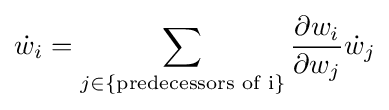
{\dot {w}}_{i}=\sum _{j\in \{{\text{predecessors of i}}\}}{\frac {\partial w_{i}}{\partial w_{j}}}{\dot {w}}_{j}